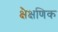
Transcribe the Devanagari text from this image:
क्षैक्षणिक